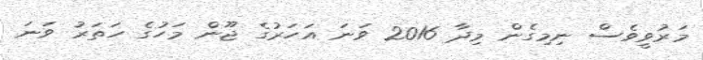
މަރުވީވެސް ނިމިގެން މިދާ 2016 ވަނަ އަހަރުގެ ޖޫން މަހުގެ ހަތަރު ވަނަ